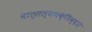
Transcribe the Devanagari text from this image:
वात्सल्यभक्तिव्दारे